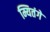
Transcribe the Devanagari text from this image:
म्यितंगे